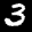
Label: 3